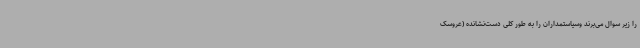
را زیر سوال می‌برند وسیاستمداران را به طور کلی دست‌نشانده (عروسک